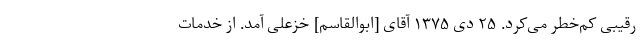
رقیبی کم‌خطر می‌کرد. ۲۵ دی ۱۳۷۵ آقای [ابوالقاسم] خزعلی آمد. از خدمات